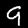
Digit: 9